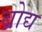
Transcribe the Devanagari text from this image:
ब्रोद्य